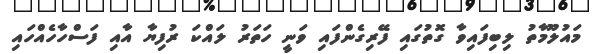
މައުލޫމާތު ލިބިފައިވާ ގޮތުގައި ފޭރިގެންފައި ވަނީ ހަތަރު ލައްކަ ރުފިޔާ އާއި ފަސްހާހެއްހައި